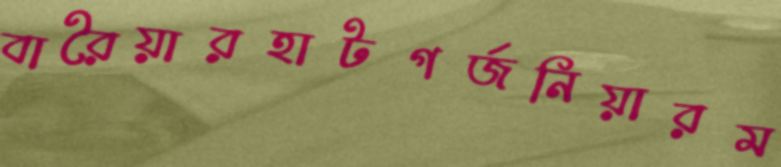
বারৈয়ারহাটগর্জনিয়ারম